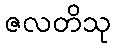
ဇလတိသု